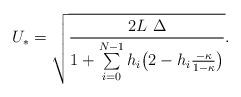
LaTeX: \begin{align*} U_* = \sqrt{ \frac{2L\ \Delta}{1 + \sum\limits_{i=0}^{N-1} h_i \big(2 - h_i \frac{-\kappa}{ 1-\kappa} \big) } }.\end{align*}